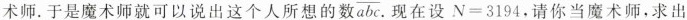
术师,于是魔术师就可以说出这个人所想的数 \overline{abc}, 现在设$$N=3194$$，请你当魔术师，求出